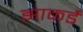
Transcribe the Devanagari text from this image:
झाकर्डे